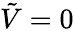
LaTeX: {\tilde{V}}=0